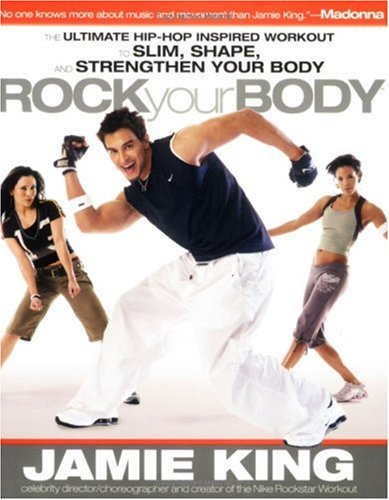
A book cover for Rock Your Body: The Ultimate Hip Hop Inspired "Dance as Sport" Guide for Slimming, Shaping, and Strengthening Your Body; Jamie King; Health, Fitness & Dieting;